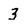
Character: 3